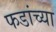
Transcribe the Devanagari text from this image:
फडांच्या